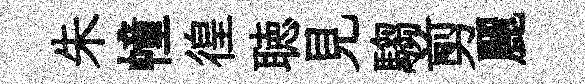
朱幢徨聴見騶剪麗